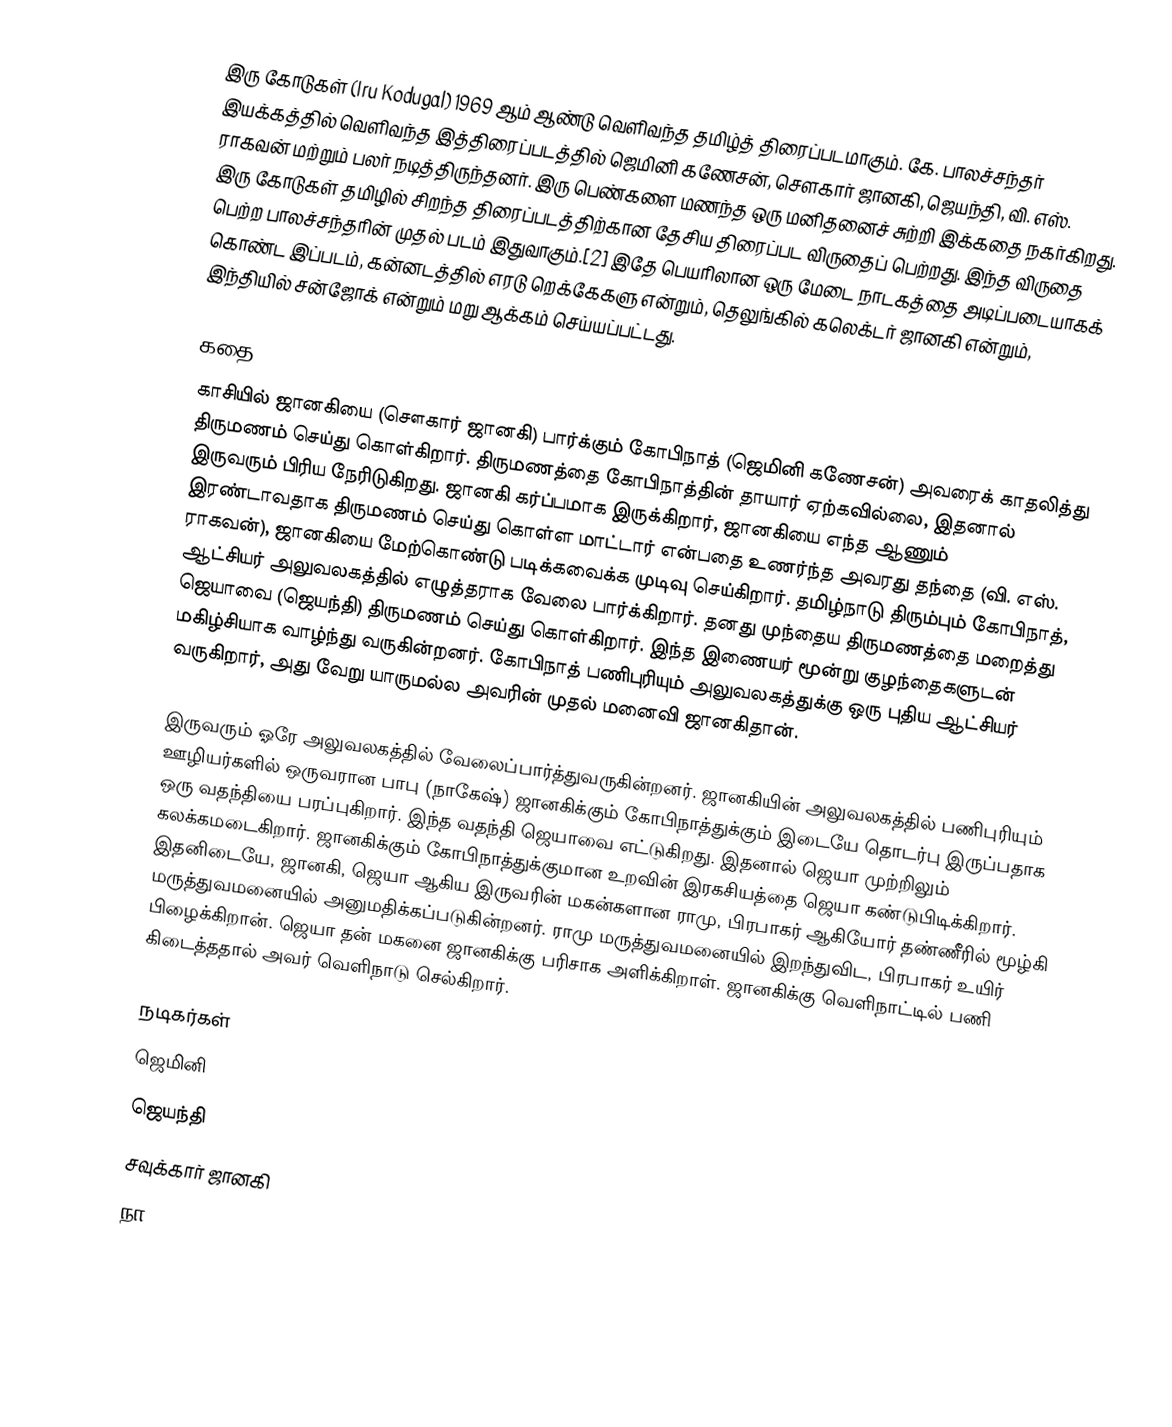
இரு கோடுகள் (Iru Kodugal) 1969 ஆம் ஆண்டு வெளிவந்த தமிழ்த் திரைப்படமாகும். கே. பாலச்சந்தர் இயக்கத்தில் வெளிவந்த இத்திரைப்படத்தில் ஜெமினி கணேசன், சௌகார் ஜானகி,  ஜெயந்தி, வி. எஸ். ராகவன் மற்றும் பலர் நடித்திருந்தனர். இரு பெண்களை மணந்த ஒரு மனிதனைச் சுற்றி இக்கதை நகர்கிறது. இரு கோடுகள் தமிழில் சிறந்த திரைப்படத்திற்கான தேசிய திரைப்பட விருதைப் பெற்றது. இந்த விருதை பெற்ற பாலச்சந்தரின் முதல் படம் இதுவாகும்.[2] இதே பெயரிலான ஒரு மேடை நாடகத்தை அடிப்படையாகக் கொண்ட இப்படம், கன்னடத்தில் எரடு றெக்கேகளு என்றும், தெலுங்கில் கலெக்டர் ஜானகி என்றும், இந்தியில் சன்ஜோக் என்றும் மறு ஆக்கம் செய்யப்பட்டது.

கதை
காசியில் ஜானகியை (சௌகார் ஜானகி) பார்க்கும் கோபிநாத் (ஜெமினி கணேசன்) அவரைக் காதலித்து திருமணம் செய்து கொள்கிறார். திருமணத்தை கோபிநாத்தின் தாயார் ஏற்கவில்லை, இதனால் இருவரும் பிரிய நேரிடுகிறது. ஜானகி கர்ப்பமாக இருக்கிறார், ஜானகியை எந்த ஆணும் இரண்டாவதாக திருமணம் செய்து கொள்ள மாட்டார் என்பதை உணர்ந்த அவரது தந்தை (வி. எஸ். ராகவன்), ஜானகியை மேற்கொண்டு படிக்கவைக்க முடிவு செய்கிறார். தமிழ்நாடு திரும்பும் கோபிநாத், ஆட்சியர் அலுவலகத்தில் எழுத்தராக வேலை பார்க்கிறார். தனது முந்தைய திருமணத்தை மறைத்து ஜெயாவை (ஜெயந்தி) திருமணம் செய்து கொள்கிறார். இந்த இணையர் மூன்று குழந்தைகளுடன் மகிழ்சியாக வாழ்ந்து வருகின்றனர். கோபிநாத் பணிபுரியும் அலுவலகத்துக்கு ஒரு புதிய ஆட்சியர் வருகிறார், அது வேறு யாருமல்ல அவரின் முதல் மனைவி ஜானகிதான்.

இருவரும் ஓரே அலுவலகத்தில் வேலைப்பார்த்துவருகின்றனர். ஜானகியின் அலுவலகத்தில் பணிபுரியும் ஊழியர்களில் ஒருவரான பாபு (நாகேஷ்) ஜானகிக்கும் கோபிநாத்துக்கும் இடையே தொடர்பு இருப்பதாக ஒரு வதந்தியை பரப்புகிறார். இந்த வதந்தி ஜெயாவை எட்டுகிறது. இதனால் ஜெயா முற்றிலும் கலக்கமடைகிறார். ஜானகிக்கும் கோபிநாத்துக்குமான உறவின் இரகசியத்தை ஜெயா கண்டுபிடிக்கிறார். இதனிடையே, ஜானகி, ஜெயா ஆகிய இருவரின் மகன்களான ராமு, பிரபாகர் ஆகியோர் தண்ணீரில் மூழ்கி மருத்துவமனையில் அனுமதிக்கப்படுகின்றனர். ராமு மருத்துவமனையில் இறந்துவிட, பிரபாகர் உயிர் பிழைக்கிறான். ஜெயா தன் மகனை ஜானகிக்கு பரிசாக அளிக்கிறாள். ஜானகிக்கு வெளிநாட்டில் பணி கிடைத்ததால் அவர் வெளிநாடு செல்கிறார்.

நடிகர்கள்
 ஜெமினி
 ஜெயந்தி
 சவுக்கார் ஜானகி
 நா